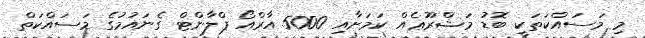
މި މަސައްކަތަކީ ބޮޑު މަޝްރޫޢެއް ކަމަށާއި 5000 އާރްއޯ ޕްލާންޓް ގެނައުމުގެ މަސައްކަތް